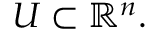
U \subset \mathbb { R } ^ { n } .